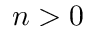
n > 0